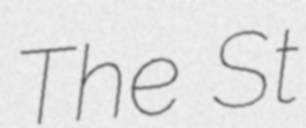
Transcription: The St